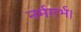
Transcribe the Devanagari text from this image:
नर्मगर्भ।